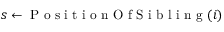
s \gets \mathrm { ~ P ~ o ~ s ~ i ~ t ~ i ~ o ~ n ~ O ~ f ~ S ~ i ~ b ~ l ~ i ~ n ~ g ~ } ( i )